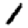
Digit: 1